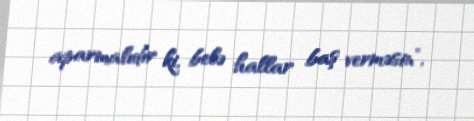
aparmalıdır ki, belə hallar baş verməsin”.